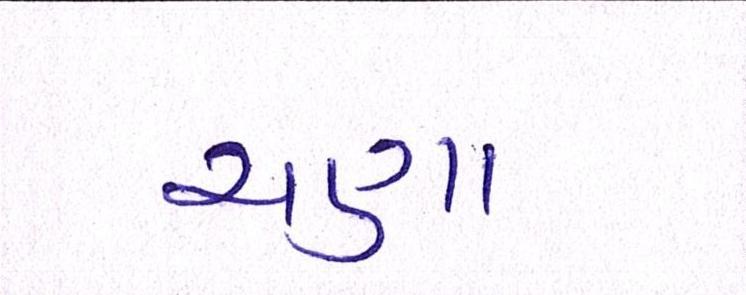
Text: ચણા